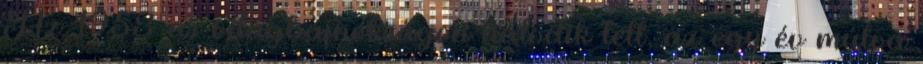
Az 1958-as világbajnokságon hatodik lett, az egy év múlva